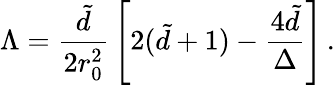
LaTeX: \Lambda={\frac{\tilde{d}}{2r_{0}^{2}}}\left[2(\tilde{d}+1)-{\frac{4\tilde{d}}{\Delta}}\right]\, .